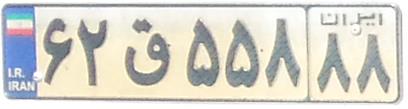
۶۲ق۵۵۸۸۸